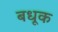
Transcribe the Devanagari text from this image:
बधूक